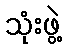
သုံးဖွဲ့